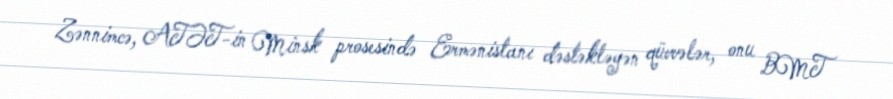
Zənnimcə, ATƏT-in Minsk prosesində Ermənistanı dəstəkləyən qüvvələr, onu BMT